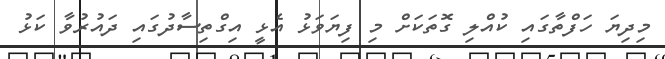
މިދިޔަ ހަފްތާގައި ކުއްލި ގޮތަކަށް މި ފިޔަވަޅު އެޅީ އިގްތިސާދުގައި ދައުރުވާ ކަޅު